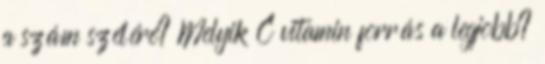
a szám szélére? Melyik C vitamin forrás a legjobb?